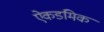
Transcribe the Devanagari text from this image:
ऐकडमिक